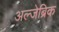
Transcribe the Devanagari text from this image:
अल्जेब्रिक